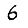
Digit: 6